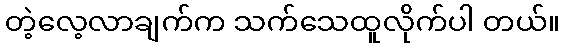
တဲ့လေ့လာချက်က သက်သေထူလိုက်ပါ တယ်။